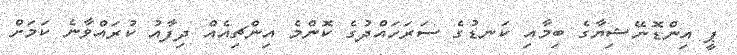
ޕީ އިންޑޮނޭޝިޔާގެ ބިމާއި ކަނޑުގެ ސަރަހައްދުގެ ކޮންމެ އިންޗިއެއް ދިފާއު ކުރައްވާނެ ކަމަށް